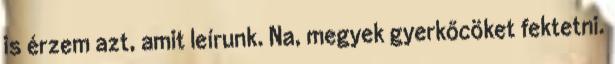
is érzem azt, amit leírunk. Na, megyek gyerkőcöket fektetni.